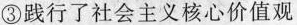
③践行了社会主义核心价值观